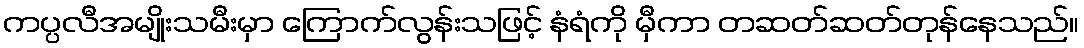
ကပ္ပလီအမျိုးသမီးမှာ ကြောက်လွန်းသဖြင့် နံရံကို မှီကာ တဆတ်ဆတ်တုန်နေသည်။